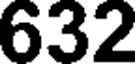
632